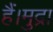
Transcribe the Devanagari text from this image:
हैं।मुद्रा